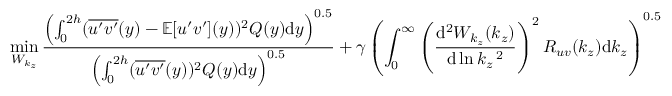
\operatorname* { m i n } _ { W _ { k _ { z } } } \frac { \left( \int _ { 0 } ^ { 2 h } ( \overline { { u ^ { \prime } v ^ { \prime } } } ( y ) - \mathbb { E } [ u ^ { \prime } v ^ { \prime } ] ( y ) ) ^ { 2 } Q ( y ) \mathrm { d } y \right) ^ { 0 . 5 } } { \left( \int _ { 0 } ^ { 2 h } ( \overline { { u ^ { \prime } v ^ { \prime } } } ( y ) ) ^ { 2 } Q ( y ) \mathrm { d } y \right) ^ { 0 . 5 } } + \gamma \left( \int _ { 0 } ^ { \infty } \left( \frac { \mathrm { d } ^ { 2 } W _ { k _ { z } } ( k _ { z } ) } { \mathrm { d } \ln k _ { z } \, ^ { 2 } } \right) ^ { 2 } R _ { u v } ( k _ { z } ) \mathrm { d } k _ { z } \right) ^ { 0 . 5 }